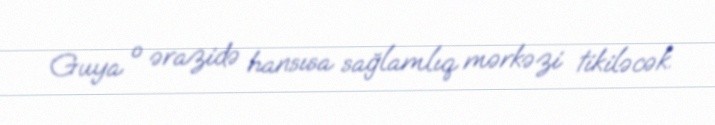
Guya o ərazidə hansısa sağlamlıq mərkəzi tikiləcək.